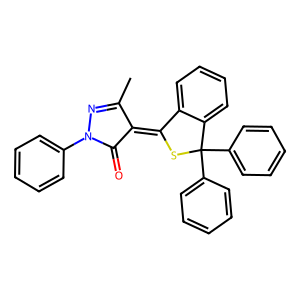
SMILES: CC1=NN(c2ccccc2)C(=O)C1=C1SC(c2ccccc2)(c2ccccc2)c2ccccc21
Inhibits HIV replication: No